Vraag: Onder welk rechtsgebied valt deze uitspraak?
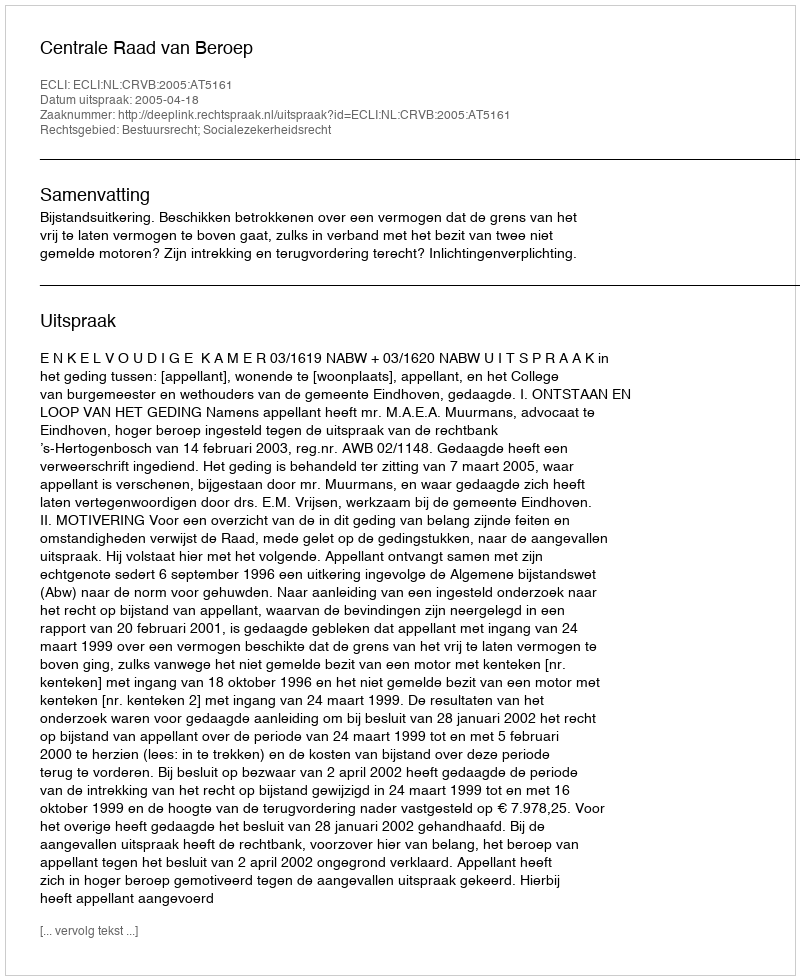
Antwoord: Bestuursrecht; Socialezekerheidsrecht